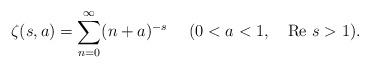
LaTeX: \begin{align*}\zeta(s,a)=\sum_{n=0}^{\infty}(n+a)^{-s}~~~~(0<a<1,~~~{\rm Re}~s>1).\end{align*}